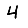
Digit: 4